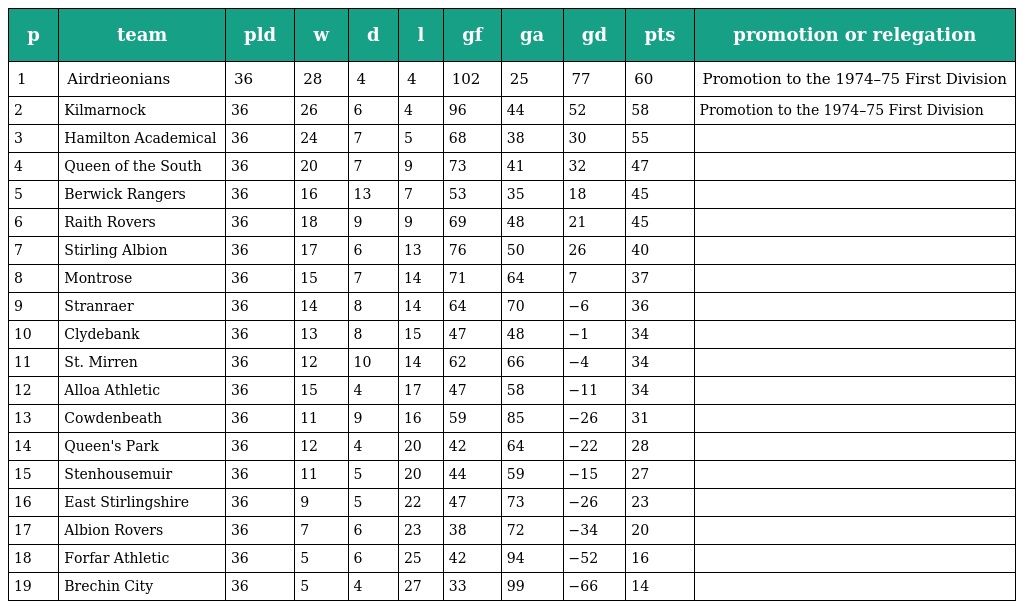
| p | team | pld | w | d | l | gf | ga | gd | pts | promotion or relegation |
 | --- | --- | --- | --- | --- | --- | --- | --- | --- | --- | --- |
 | 1 | Airdrieonians | 36 | 28 | 4 | 4 | 102 | 25 | 77 | 60 | Promotion to the 1974–75 First Division |
 | 2 | Kilmarnock | 36 | 26 | 6 | 4 | 96 | 44 | 52 | 58 | Promotion to the 1974–75 First Division |
 | 3 | Hamilton Academical | 36 | 24 | 7 | 5 | 68 | 38 | 30 | 55 |  |
 | 4 | Queen of the South | 36 | 20 | 7 | 9 | 73 | 41 | 32 | 47 |  |
 | 5 | Berwick Rangers | 36 | 16 | 13 | 7 | 53 | 35 | 18 | 45 |  |
 | 6 | Raith Rovers | 36 | 18 | 9 | 9 | 69 | 48 | 21 | 45 |  |
 | 7 | Stirling Albion | 36 | 17 | 6 | 13 | 76 | 50 | 26 | 40 |  |
 | 8 | Montrose | 36 | 15 | 7 | 14 | 71 | 64 | 7 | 37 |  |
 | 9 | Stranraer | 36 | 14 | 8 | 14 | 64 | 70 | −6 | 36 |  |
 | 10 | Clydebank | 36 | 13 | 8 | 15 | 47 | 48 | −1 | 34 |  |
 | 11 | St. Mirren | 36 | 12 | 10 | 14 | 62 | 66 | −4 | 34 |  |
 | 12 | Alloa Athletic | 36 | 15 | 4 | 17 | 47 | 58 | −11 | 34 |  |
 | 13 | Cowdenbeath | 36 | 11 | 9 | 16 | 59 | 85 | −26 | 31 |  |
 | 14 | Queen's Park | 36 | 12 | 4 | 20 | 42 | 64 | −22 | 28 |  |
 | 15 | Stenhousemuir | 36 | 11 | 5 | 20 | 44 | 59 | −15 | 27 |  |
 | 16 | East Stirlingshire | 36 | 9 | 5 | 22 | 47 | 73 | −26 | 23 |  |
 | 17 | Albion Rovers | 36 | 7 | 6 | 23 | 38 | 72 | −34 | 20 |  |
 | 18 | Forfar Athletic | 36 | 5 | 6 | 25 | 42 | 94 | −52 | 16 |  |
 | 19 | Brechin City | 36 | 5 | 4 | 27 | 33 | 99 | −66 | 14 |  |